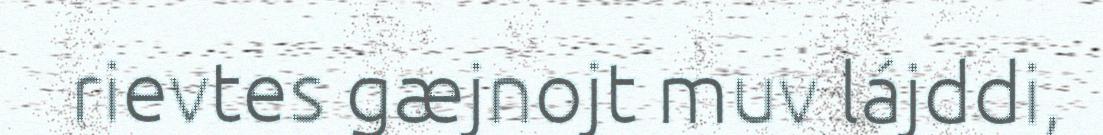
rievtes gæjnojt muv lájddi,